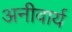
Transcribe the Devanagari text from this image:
अनीवार्य